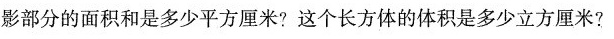
影部分的面积和是多少平方厘米?这个长方体的体积是多少立方厘米?8